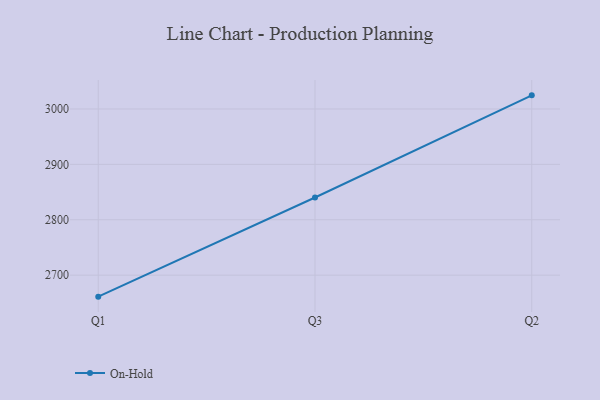
{"axis": {"x": "Quarter", "y": "Latency (ms)"}, "legend": ["On-Hold"], "data": [{"x": "Q1", "y": 2661.2, "type": "On-Hold"}, {"x": "Q3", "y": 2840.2, "type": "On-Hold"}, {"x": "Q2", "y": 3024.6, "type": "On-Hold"}]}